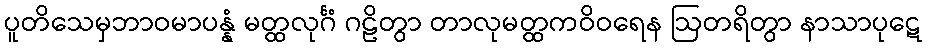
ပူတိသေမှဘာဝမာပန္နံ မတ္ထလုင်္ဂံ ဂဠိတွာ တာလုမတ္ထကဝိဝရေန ဩတရိတွာ နာသာပုဋေ